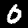
Label: 0